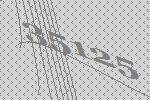
35125